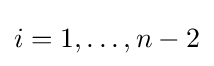
i=1,\dots ,n-2